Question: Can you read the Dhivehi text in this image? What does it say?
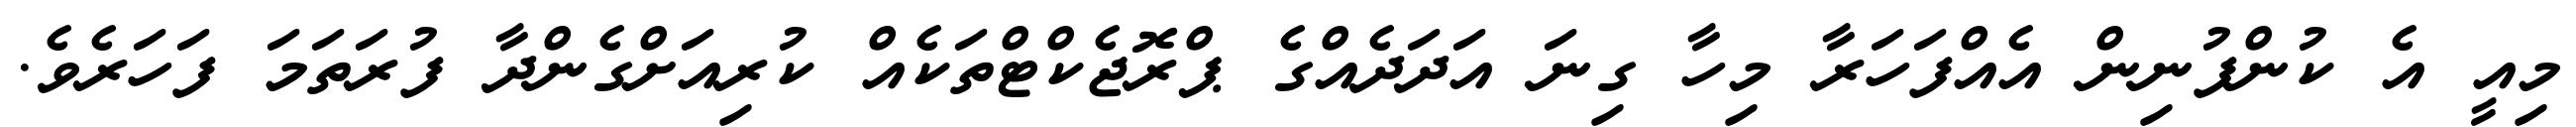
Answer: މިއީ އެ ކުންފުނިން އެއްފަހަރާ މިހާ ގިނަ އަދަދެއްގެ ޕްރޮޖެކްޓްތަކެއް ކުރިއަށްގެންދާ ފުރަތަމަ ފަހަރެވެ.